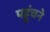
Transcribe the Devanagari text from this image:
पहूंचने